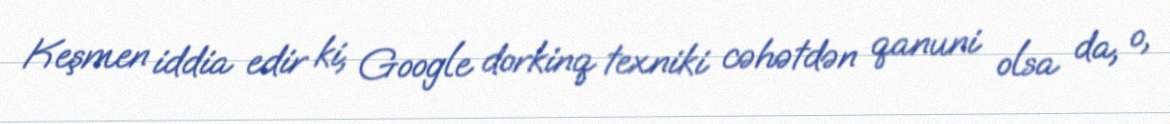
Keşmen iddia edir ki, Google dorkinq texniki cəhətdən qanuni olsa da, o,